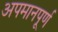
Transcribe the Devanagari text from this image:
अपमानपूर्ण